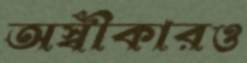
অস্বীকারও